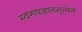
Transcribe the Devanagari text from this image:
स्वरूपज्ञानशून्येन